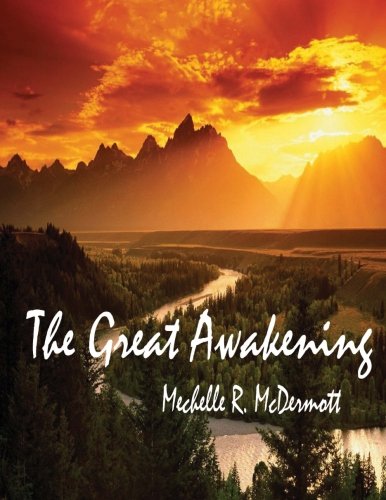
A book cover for The Great Awakening: Volume II of The Great Gathering (Volume 2); Mechelle R. McDermott; Christian Books & Bibles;